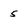
Character: 5